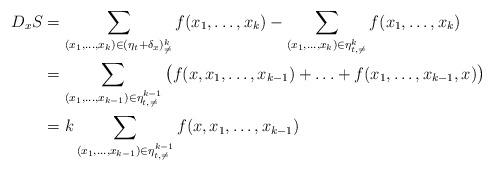
LaTeX: \begin{align*}D_xS & = \sum_{(x_1,\hdots,x_k)\in(\eta_t+\delta_x)^k_{\neq}} f(x_1,\hdots,x_k) - \sum_{(x_1,\hdots,x_k)\in\eta^k_{t,\neq}} f(x_1,\hdots,x_k)\\& = \sum_{(x_1,\hdots,x_{k-1})\in\eta^{k-1}_{t,\neq}} \big(f(x,x_1,\hdots,x_{k-1}) + \hdots + f(x_1,\hdots,x_{k-1},x)\big)\\& = k\sum_{(x_1,\hdots,x_{k-1})\in\eta^{k-1}_{t,\neq}} f(x,x_1,\hdots,x_{k-1})\end{align*}